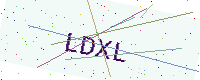
Text: LDXL